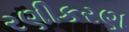
રણીકરણ